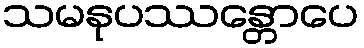
သမနုပဿန္တောပေ